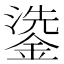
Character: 鍌